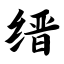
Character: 缙